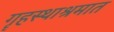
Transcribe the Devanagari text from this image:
गॄहस्थाश्रमात